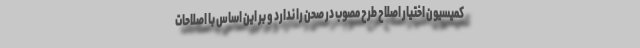
کمیسیون اختیار اصلاح طرح مصوب در صحن را ندارد و بر این اساس با اصلاحات